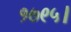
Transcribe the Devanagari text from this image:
१७९५।